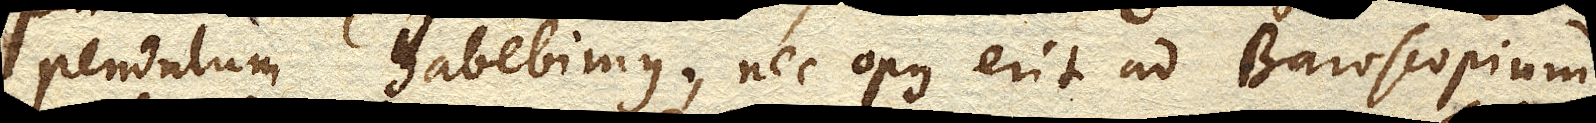
pendulum habebimus, nec opus erit ad Baroscopium